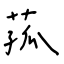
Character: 菰